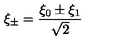
\xi _ { \pm } = \frac { \xi _ { 0 } \pm \xi _ { 1 } } { \sqrt { 2 } }